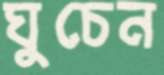
ঘুচেন